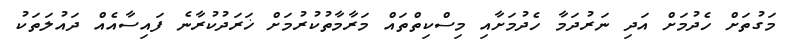
މަގުތަށް ހެދުމަށް އަދި ނަރުދަމާ ހެދުމަށާއި މިސްކިތްތައް މަރާމާތުކުރުމަށް ޚަރަދުކުރާނެ ފައިސާއެއް ދައުލަތަކު